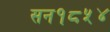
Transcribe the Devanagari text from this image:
सन१८५४